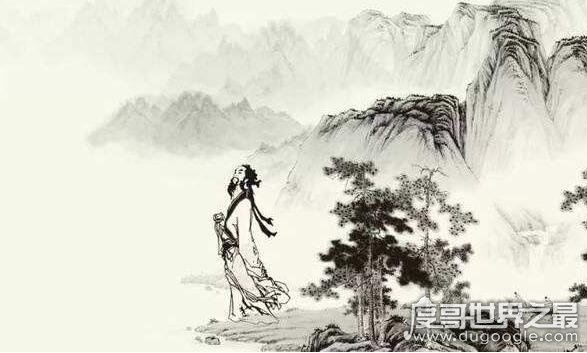
可惜流年，忧愁风雨，树犹如此！